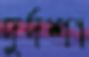
দুর্দশা